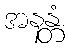
အနန္တံ